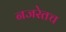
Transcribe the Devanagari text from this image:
नजरेतच